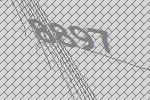
8897